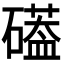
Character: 𮁌